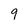
Character: 9